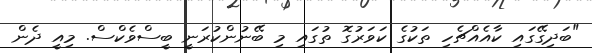
"ބަދިގޭގައި ކާއެއްޗެހި ތަކުގެ ކަވަރުގޮ ތުގައި މި ބޭނުންކުރަނީ ބީސްވެކްސް. މިއީ ދެން